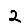
Digit: 2